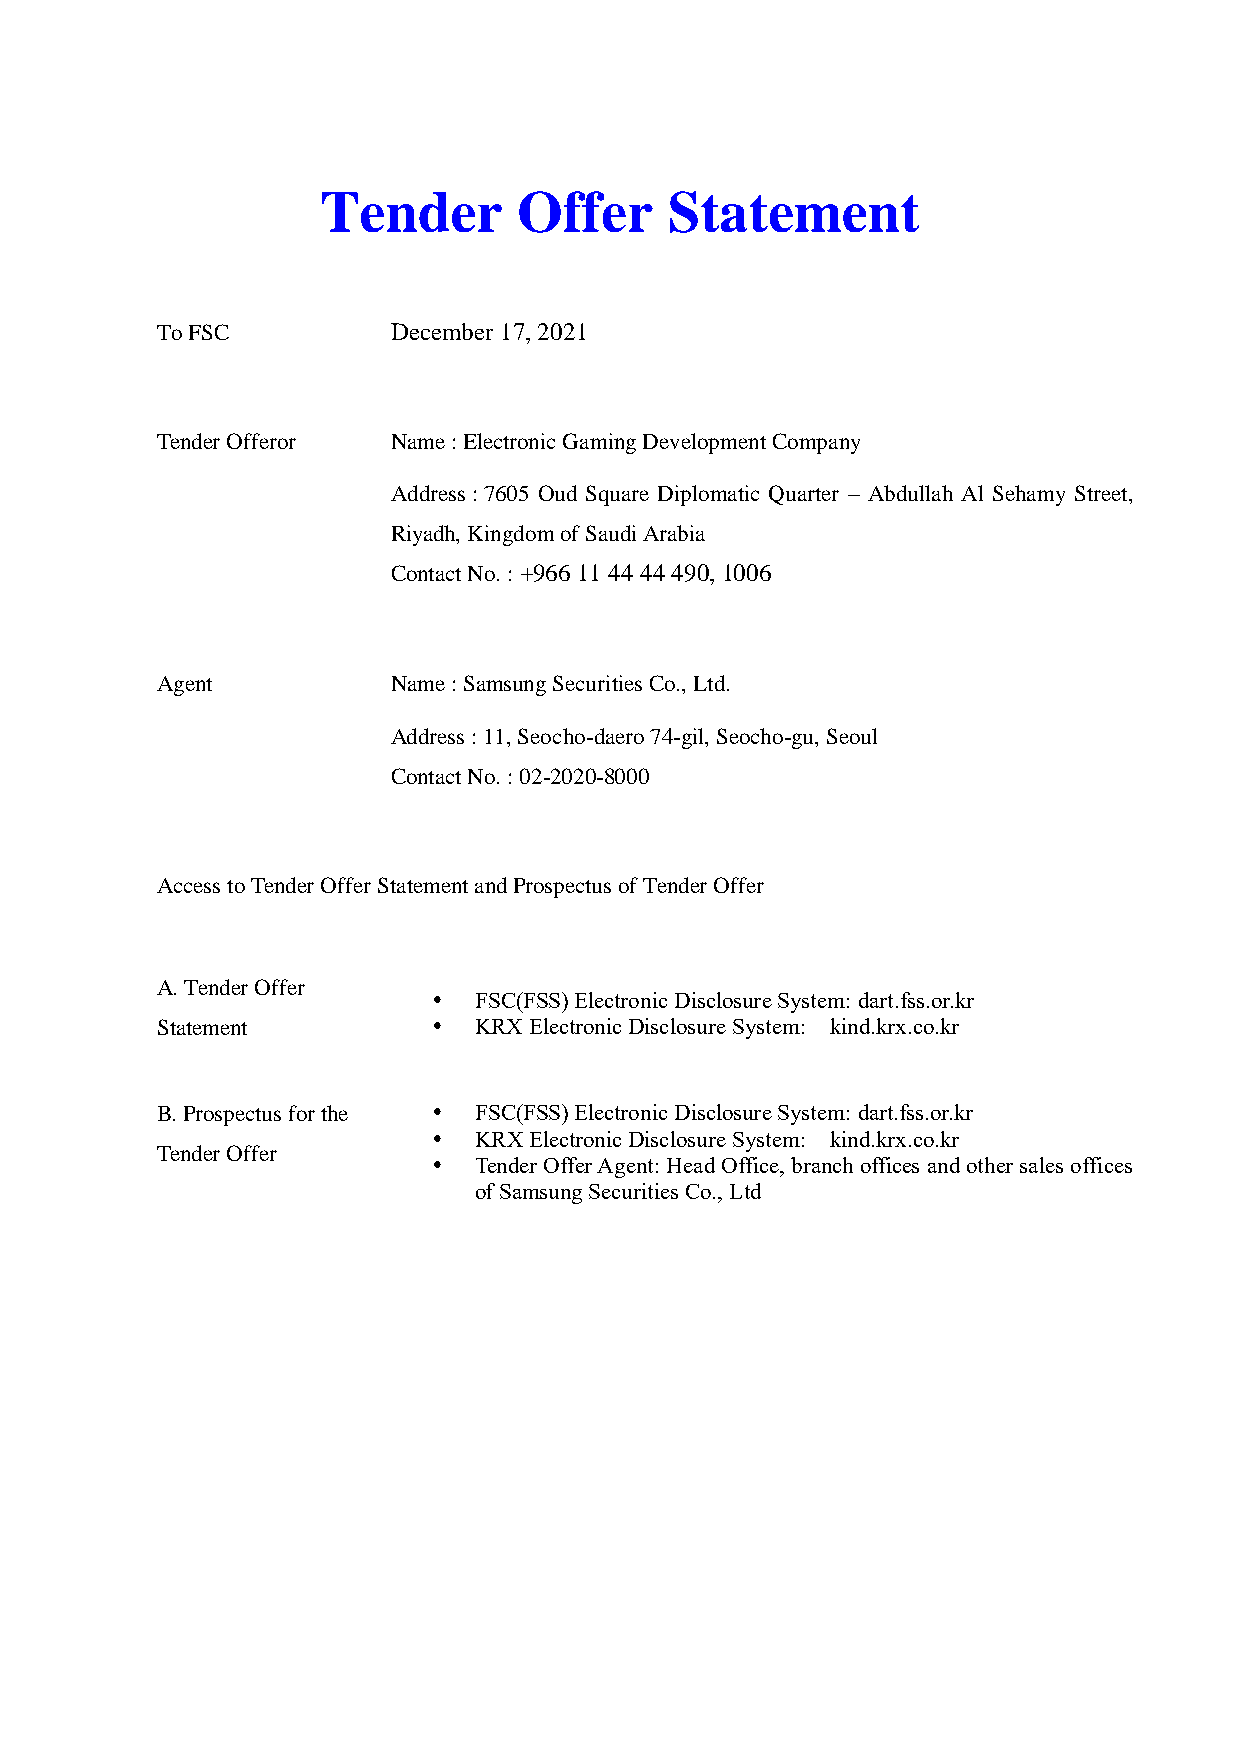
Tender       Offer     Statement
 To FSC          December 17, 2021
 Tender Offeror  Name : Electronic Gaming Development Company
 Address : 7605 Oud Square Diplomatic Quarter – Abdullah Al Sehamy Street,
 Riyadh, Kingdom of Saudi Arabia
 Contact No. : +966 11 44 44 490, 1006
 Agent           Name : Samsung Securities Co., Ltd.
 Address : 11, Seocho-daero 74-gil, Seocho-gu, Seoul
 Contact No. : 02-2020-8000
 Access to Tender Offer Statement and Prospectus of Tender Offer
 A. Tender Offer
  FSC(FSS) Electronic Disclosure System: dart.fss.or.kr
 Statement           KRX Electronic Disclosure System: kind.krx.co.kr
 B. Prospectus for the  FSC(FSS) Electronic Disclosure System: dart.fss.or.kr
  KRX Electronic Disclosure System: kind.krx.co.kr
 Tender Offer
  Tender Offer Agent: Head Office, branch offices and other sales offices
 of Samsung Securities Co., Ltd